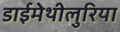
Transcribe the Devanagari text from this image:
डाईमेथीलुरिया